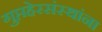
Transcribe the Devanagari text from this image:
गुप्तहेरसंस्थांना